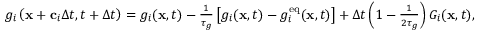
\begin{array} { r } { g _ { i } \left( \mathbf { x } + \mathbf { c } _ { i } \Delta t , t + \Delta t \right) = g _ { i } ( \mathbf { x } , t ) - \frac { 1 } { \tau _ { g } } \left[ g _ { i } ( \mathbf { x } , t ) - g _ { i } ^ { \mathrm { e q } } ( \mathbf { x } , t ) \right] + \Delta t \left( 1 - \frac { 1 } { 2 \tau _ { g } } \right) G _ { i } ( \mathbf { x } , t ) , } \end{array}